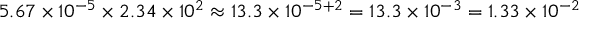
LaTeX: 5 . 6 7 \times 1 0 ^ { - 5 } \times 2 . 3 4 \times 1 0 ^ { 2 } \approx 1 3 . 3 \times 1 0 ^ { - 5 + 2 } = 1 3 . 3 \times 1 0 ^ { - 3 } = 1 . 3 3 \times 1 0 ^ { - 2 }